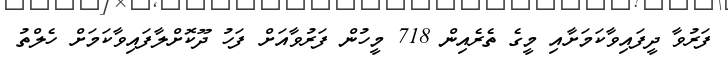
ފަރުވާ ދީފައިވާކަމަށާއި މީގެ ތެރެއިން 718 މީހުން ފަރުވާއަށް ފަހު ދޫކޮށްލާފައިވާކަމަށް ހެލްތު